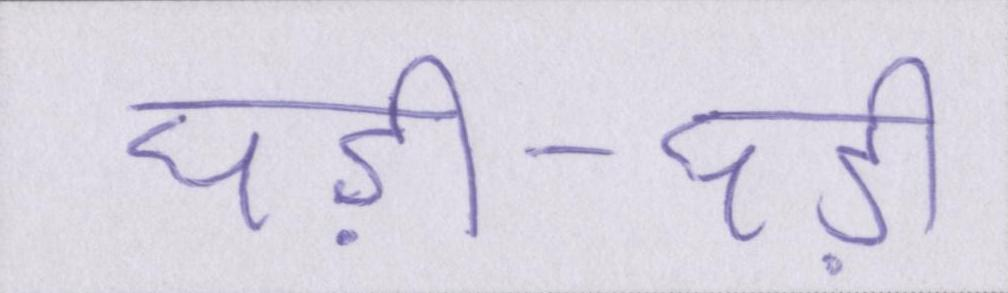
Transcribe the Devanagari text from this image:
घड़ी-घड़ी